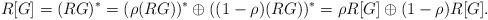
LaTeX: \begin{align*}R[G]=(RG)^*=(\rho(RG))^*\oplus ((1-\rho)(RG))^*=\rho R[G]\oplus (1-\rho)R[G].\end{align*}